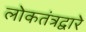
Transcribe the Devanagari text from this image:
लोकतंत्रद्वारे